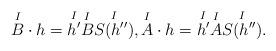
LaTeX: \begin{align*}\overset{I}{B} \cdot h = \overset{I}{h'} \overset{I}{B} \overset{I}{S(h'')}, \overset{I}{A} \cdot h = \overset{I}{h'} \overset{I}{A} \overset{I}{S(h'')}.\end{align*}